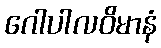
ဂေါပါလဝိမာနံ